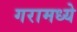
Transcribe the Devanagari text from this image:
गरामध्ये